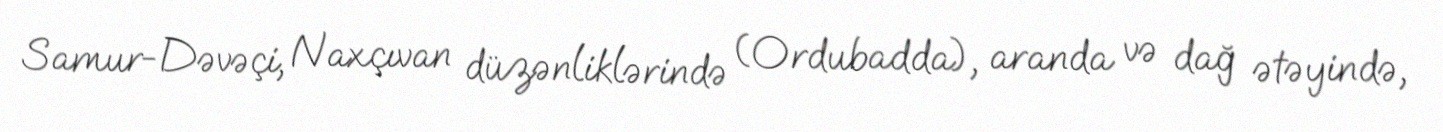
Samur-Dəvəçi, Naxçıvan düzənliklərində (Ordubadda), aranda və dağ ətəyində,